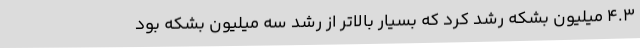
4.3 میلیون بشکه رشد کرد که بسیار بالاتر از رشد سه میلیون بشکه بود